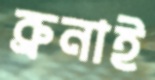
ব্রুনাই